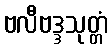
ဗလီဗဒ္ဒသုတ္တံ